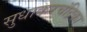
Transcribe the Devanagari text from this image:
सुधाकरचंद्रिका